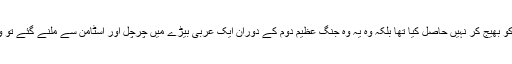
یہ وعدہ ابن سعود نے امریکہ جاکریا اپنے کسی خصوصی سفیر کو بھیج کر نہیں حاصل کیا تھا بلکہ وہ یہ وہ جنگ عظیم دوم کے دوران ایک عربی بیڑے میں چرچل اور اسٹامن سے ملنے گئے تو وہیں قریب میں تھے اس لئے ابن سعود سے بھی ملاقات کی تھی۔